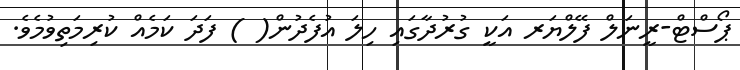
ޕޯސްޓް-ރީނަލް ފޭލްޔަރ އަކީ ގުރުދާގައި ހިލަ އުފެދުން( ) ފަދަ ކަމެއް ކުރިމަތިވުމެވެ.